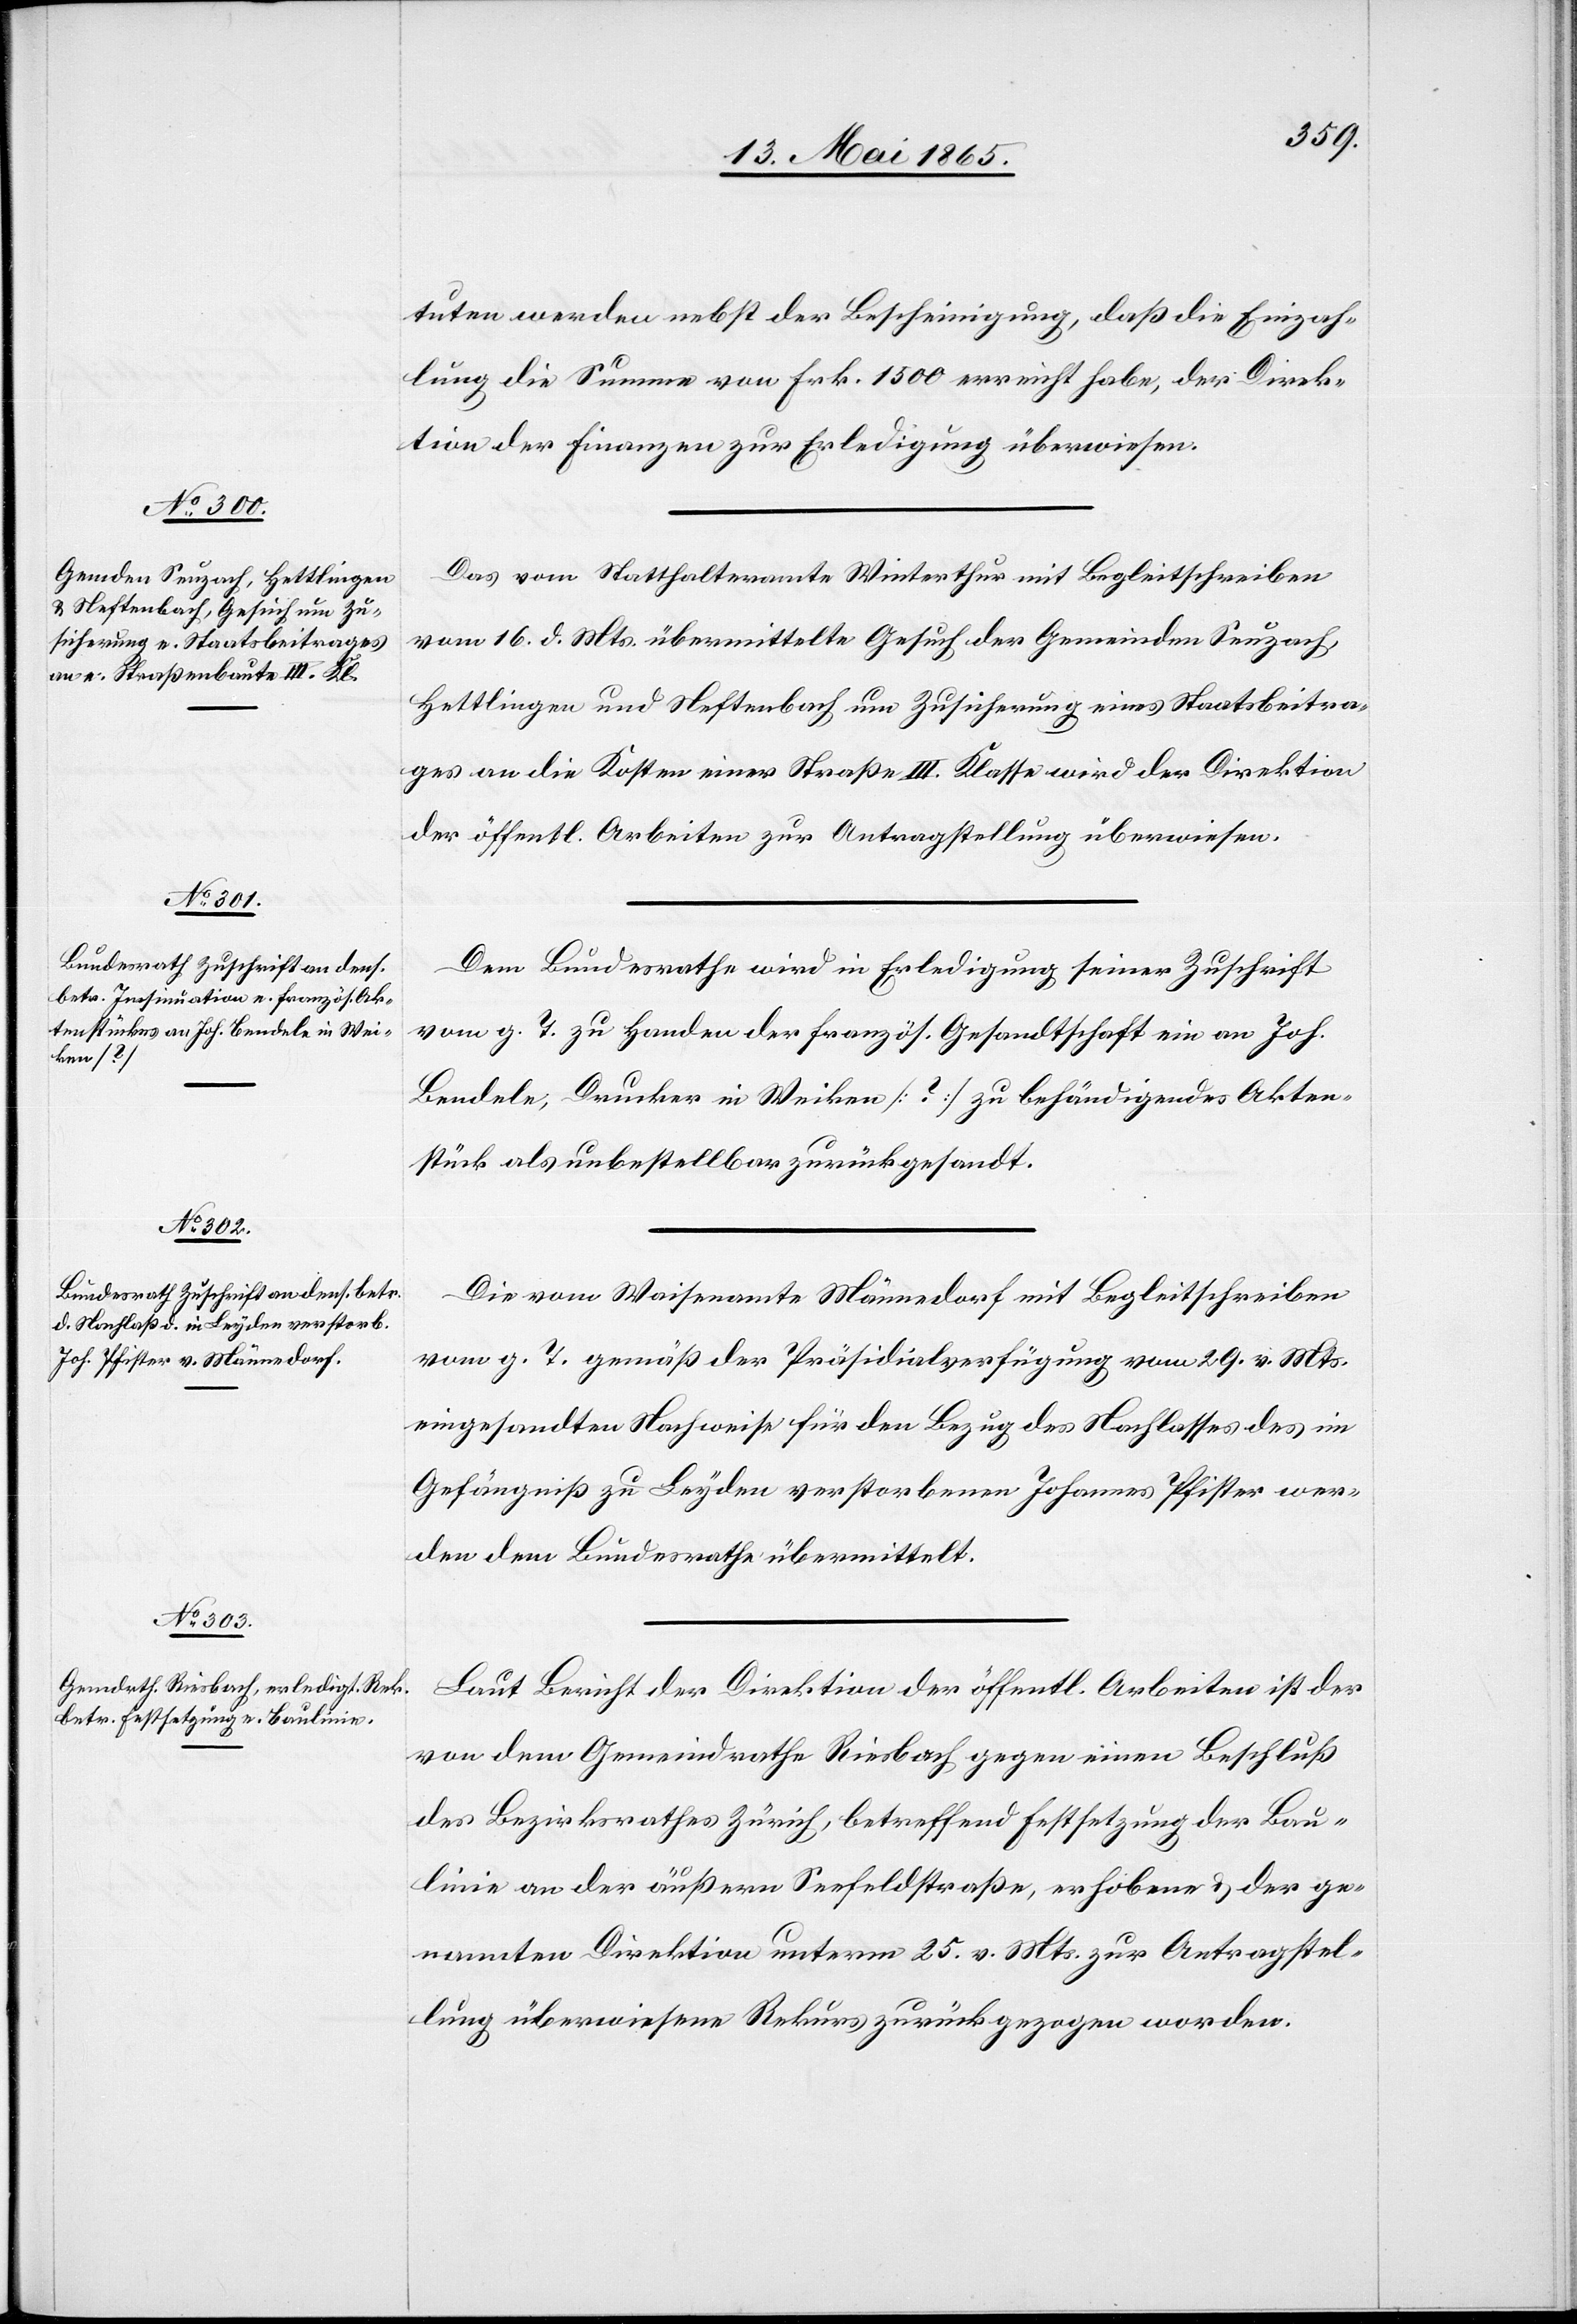
18. Mai 1865.]
tuten werden nebst der Bescheinigung, daß die Einzah¬
lung die Summe von Frk. 1500 erreicht habe, der Direk¬
tion der Finanzen zur Erledigung überwiesen.
Das vom Statthalteramte Winterthur mit Begleitschreiben
vom 16. d. Mts. übermittelte Gesuch der Gemeinden Seuzach,
Hettlingen und Neftenbach um Zusicherung eines Staatsbeitra¬
ges an die Kosten einer Straße III. Klasse wird der Direktion
der öffentl. Arbeiten zur Antragstellung überwiesen.
Dem Bundesrathe wird in Erledigung seiner Zuschrift
vom g. T. zu Handen der französ. Gesandtschaft ein an Joh.
Bendele, Drucker in Weiken [?] zu behändigendes Akten¬
stück als unbestellbar zurückgesandt.
Die vom Waisenamte Männedorf mit Begleitschreiben
vom g. T. gemäß der Präsidialverfügung vom 29. v. Mts.
eingesandten Nachweise für den Bezug des Nachlasses des im
Gefängniß zu Leyden verstorbenen Johannes Pfister wer¬
den dem Bundesrathe übermittelt.
Laut Bericht der Direktion der öffentl. Arbeiten ist der
von dem Gemeindrathe Riesbach gegen einen Beschluß
des Bezirksrathes Zürich, betreffend Festsetzung der Bau¬
linie an der äußern Seefeldstraße, erhobene & der ge¬
nannten Direktion unterm 25. v. Mts. zur Antragstel¬
lung überwiesene Rekurs zurückgezogen worden.